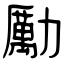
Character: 勵